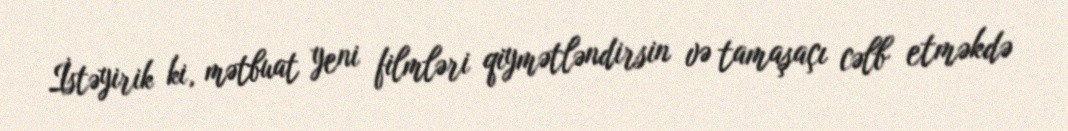
İstəyirik ki, mətbuat yeni filmləri qiymətləndirsin və tamaşaçı cəlb etməkdə